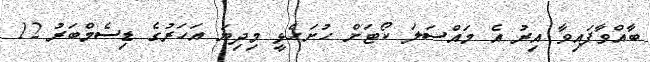
ބާއްވާފައިވާ އިރު އެ މައްސަލަ ކޯޓަށް ހުށަހެޅީ މިދިޔަ އަހަރުގެ ޑިސެމްބަރު 12